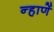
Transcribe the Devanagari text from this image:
न्हाणें